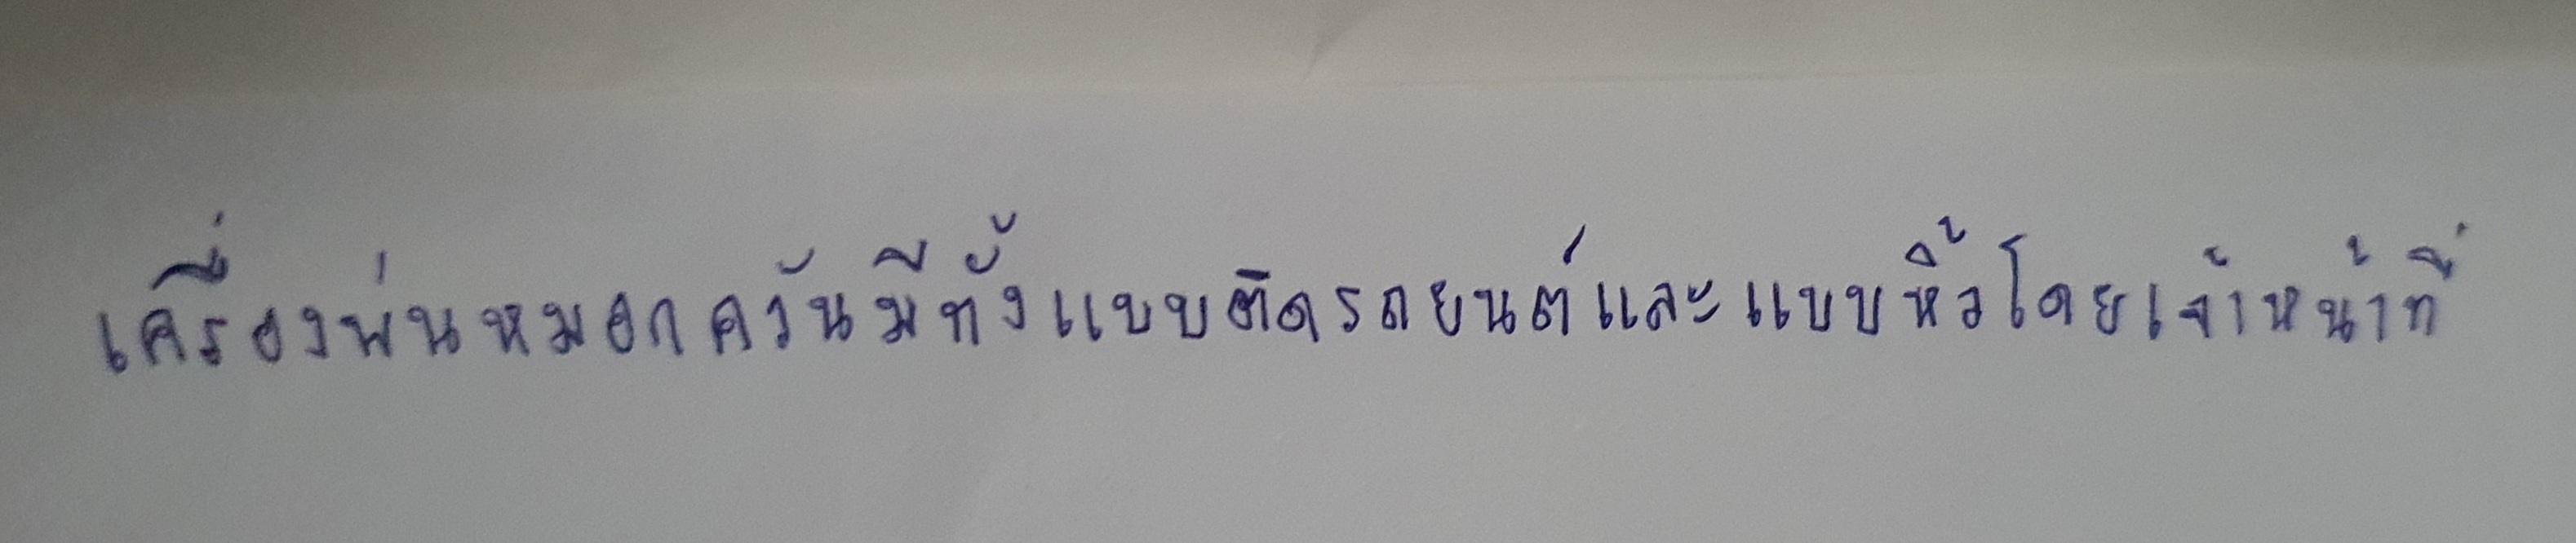
เครื่องพ่นหมอกควันมีทั้งแบบติดรถยนต์และแบบหิ้วโดยเจ้าหน้าที่